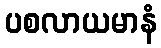
ပစလာယမာနံ